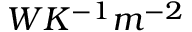
W K ^ { - 1 } m ^ { - 2 }